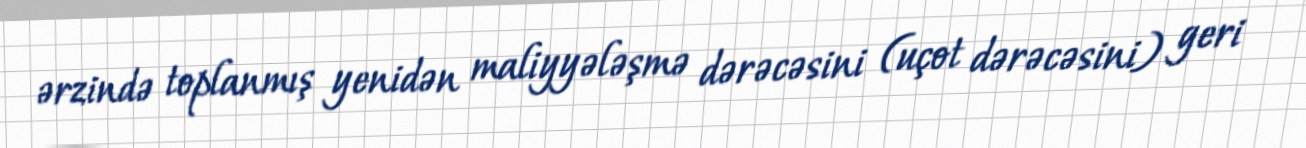
ərzində toplanmış yenidən maliyyələşmə dərəcəsini (uçot dərəcəsini) geri